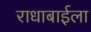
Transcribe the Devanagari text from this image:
राधाबाईला